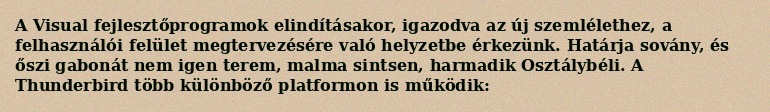
A Visual fejlesztőprogramok elindításakor, igazodva az új szemlélethez, a felhasználói felület megtervezésére való helyzetbe érkezünk. Határja sovány, és őszi gabonát nem igen terem, malma sintsen, harmadik Osztálybéli. A Thunderbird több különböző platformon is működik: